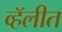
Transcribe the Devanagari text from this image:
व्हॅलीत